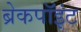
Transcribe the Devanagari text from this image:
ब्रेकपॉइंट